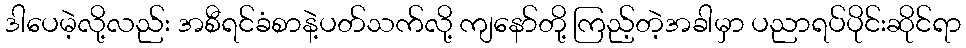
ဒါပေမဲ့လို့လည်း အစီရင်ခံစာနဲ့ပတ်သက်လို့ ကျနော်တို့ ကြည့်တဲ့အခါမှာ ပညာရပ်ပိုင်းဆိုင်ရာ